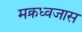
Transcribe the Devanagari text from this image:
मक्रध्वजास